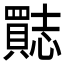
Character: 𮚣